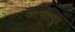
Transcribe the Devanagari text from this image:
आनापुर